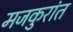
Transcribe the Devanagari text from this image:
मजकुरांत